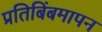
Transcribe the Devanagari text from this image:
प्रतिबिंबमापन